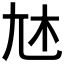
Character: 𡯐